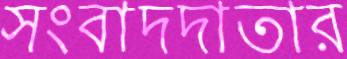
সংবাদদাতার